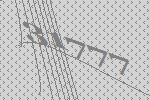
31777